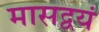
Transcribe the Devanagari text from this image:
मासद्वयं